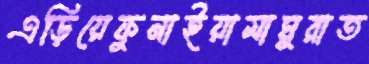
এড়িয়েফুনাইয়ামাঘুরাত